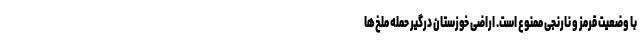
با وضعیت قرمز و نارنجی ممنوع است. اراضی خوزستان درگیر حمله ملخ‌ها